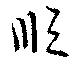
順